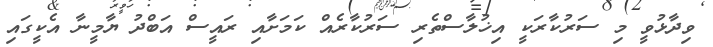
ވިދާޅުވީ މި ސަރުކާރަކީ އިޚުލާސްތެރި ސަރުކާރެއް ކަމަށާއި ރައީސް އަބްދު ޔާމީނާ އެކީގައި